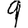
Digit: 9